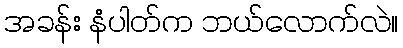
အခန်း နံပါတ်က ဘယ်လောက်လဲ။